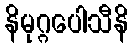
နိမုဂ္ဂပေါသီနိ